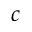
c